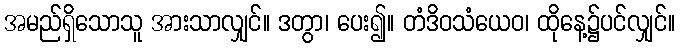
အမည်ရှိသောသူ အားသာလျှင်။ ဒတွာ၊ ပေး၍။ တံဒိဝသံယေဝ၊ ထိုနေ့၌ပင်လျှင်။